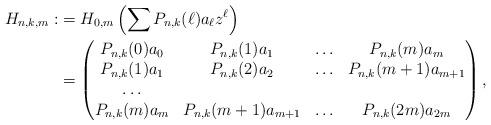
LaTeX: \begin{align*}H_{n,k,m}:&=H_{0,m}\left(\sum P_{n,k}(\ell)a_{\ell}z^{\ell}\right)\\&=\begin{pmatrix} P_{n,k}(0)a_0 & P_{n,k}(1)a_{1} & \ldots & P_{n,k}(m)a_{m} \\P_{n,k}(1)a_{1} & P_{n,k}(2)a_{2} &\ldots & P_{n,k}(m+1)a_{m+1} \\ \ldots \\ P_{n,k}(m)a_{m} & P_{n,k}(m+1)a_{m+1} &\ldots & P_{n,k}(2m)a_{2m} \end{pmatrix},\end{align*}